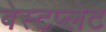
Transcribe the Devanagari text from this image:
बेस्टप्लेट